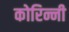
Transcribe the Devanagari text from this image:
कोरिन्नी